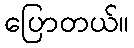
ပြောတယ်။